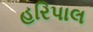
હરિપાલ